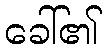
ခေါ်၏